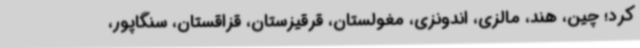
کرد؛ چین، هند، مالزی، اندونزی، مغولستان، قرقیزستان، قزاقستان، سنگاپور،